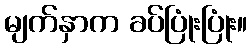
မျက်နှာက ခပ်ပြုံးပြုံး။